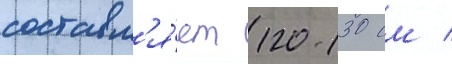
составл'я́ет 120-130 см /